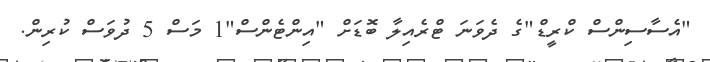
"އެސާސިންސް ކްރީޑް"ގެ ދެވަނަ ޓްރެއިލާ ބޮޑަށް "އިންޓެންސް"1 މަސް 5 ދުވަސް ކުރިން.